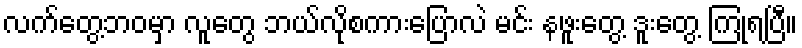
လက်တွေ့ဘဝမှာ လူတွေ ဘယ်လိုစကားပြောလဲ မင်း နဖူးတွေ့ ဒူးတွေ့ ကြုံရပြီ။